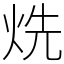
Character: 烍